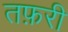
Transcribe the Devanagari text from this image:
तफ़री